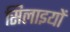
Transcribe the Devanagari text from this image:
सिलाइयों